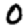
Digit: 0